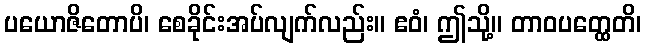
ပယောဇိတောပိ၊ စေခိုင်းအပ်လျက်လည်း။ ဧဝံ၊ ဤသို့။ တာဝပတ္ထေတိ၊